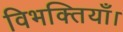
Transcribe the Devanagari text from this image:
विभक्तियाँ।